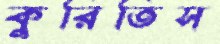
কুরিতিস